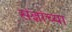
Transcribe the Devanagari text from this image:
संज्ञांच्या